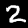
Digit: 2